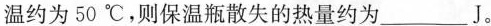
温约为50℃，则保温瓶散失的热量约为___J。